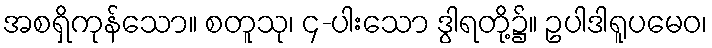
အစရှိကုန်သော။ စတူသု၊ ၄-ပါးသော ဒွါရတို့၌။ ဥပါဒါရူပမေဝ၊